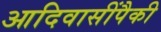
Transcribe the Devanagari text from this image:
आदिवासींपैकी